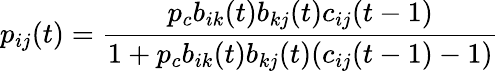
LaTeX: p_{ij}(t)=\frac{p_{c}b_{ik}(t)b_{kj}(t)c_{ij}(t-1)}{1+p_{c}b_{ik}(t)b_{kj}(t)(c_{ij}(t-1)-1)}